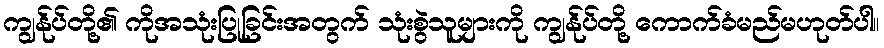
ကျွန်ုပ်တို့၏ ကိုအသုံးပြုခြင်းအတွက် သုံးစွဲသူများကို ကျွန်ုပ်တို့ ကောက်ခံမည်မဟုတ်ပါ။